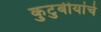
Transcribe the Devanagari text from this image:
कुटुबीयांचे